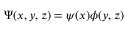
\Psi ( x , y , z ) = \psi ( x ) \phi ( y , z )